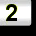
Digit: 2